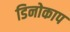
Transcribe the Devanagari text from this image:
डिनोकाप